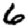
Digit: 6